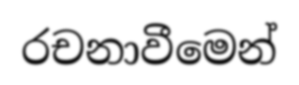
රචනාවීමෙන්